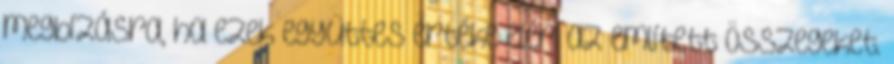
megbízásra, ha ezek együttes értéke eléri az említett összegeket.